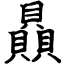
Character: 贔